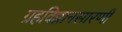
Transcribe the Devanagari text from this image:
ग्रहविज्ञानसारणी